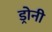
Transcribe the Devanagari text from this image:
ड्रोनी